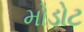
મોડોટ